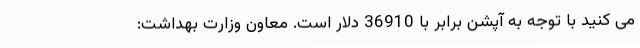
می کنید با توجه به آپشن برابر با 36910 دلار است. معاون وزارت بهداشت: